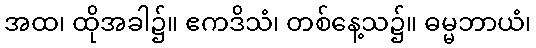
အထ၊ ထိုအခါ၌။ ဧကဒိသံ၊ တစ်နေ့သ၌။ ဓမ္မဘာယံ၊